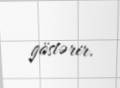
göstərir.